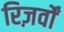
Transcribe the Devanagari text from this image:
रिज़र्वों